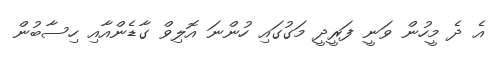
އެ ދެ މީހުން ވަނީ ފަރީދީ މަގުގައި ހުންނަ އޮލިވް ގާޑެންއާއި ހިސާބުން